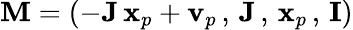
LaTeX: {\mathbf M}=(-{\mathbf J}\, {\mathbf x}_{p}+{\mathbf v}_{p}\, ,\, {\mathbf J}\, ,\, {\mathbf x}_{p}\, ,\, {\mathbf I})